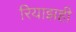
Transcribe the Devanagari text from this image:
रियाझही